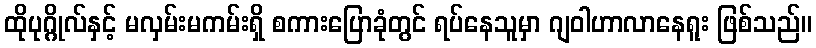
ထိုပုဂ္ဂိုလ်နှင့် မလှမ်းမကမ်းရှိ စကားပြောခုံတွင် ရပ်နေသူမှာ ဂျဝါဟာလာနေရူး ဖြစ်သည်။